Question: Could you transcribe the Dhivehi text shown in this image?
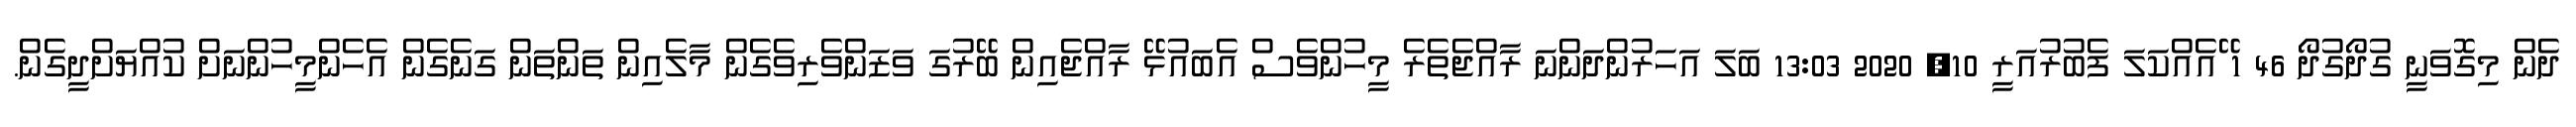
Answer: ދެން މިގޮވަނީ ގުދޯގުދޯ 46 1 ޭއެއްކަލަ ފެބުރުއަރީ 10, 2020 13:03 ބަލަ އަހަރުންދަންނަ ރާއްޖެތެރެ މީހުންވެސް އެބައުޅޭ ރާއްޖެއިން ބޭރުގަ ވަޒަންވެރިވެގެން މާލެއިން ތަންތަން ގަނެގެން އެހެންމީހުންނަށް ކުއްޔަށްދީގެން.